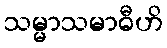
သမ္မာသမာဓီဟိ